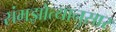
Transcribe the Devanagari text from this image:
संमझोत्यानुसार